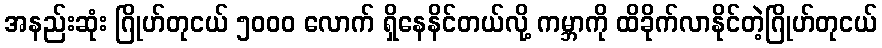
အနည်းဆုံး ဂြိုဟ်တုငယ် ၅၀၀၀ လောက် ရှိနေနိင်တယ်လို့ ကမ္ဘာကို ထိခိုက်လာနိုင်တဲ့ဂြိုဟ်တုငယ်